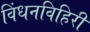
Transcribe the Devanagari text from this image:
विंधनविहिरी